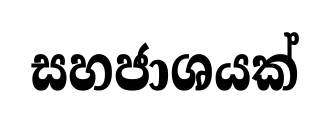
සහජාශයක්